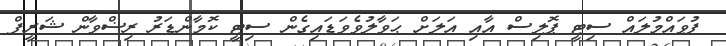
ފުވައްމުލައް ސިޓީ ޕޮލިސް އާއި އަލަށް ޙަވާލުވެވަޑައިގެން ސިޓީ ކޮމާންޑަރު ރިޟްވާން ޝަރީފް